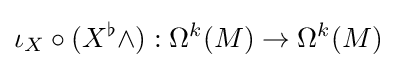
\iota _{X}\circ (X^{\flat }\wedge ):\Omega ^{k}(M)\rightarrow \Omega ^{k}(M)